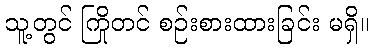
သူ့တွင် ကြိုတင် စဉ်းစားထားခြင်း မရှိ။